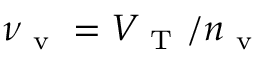
\nu _ { \mathrm { ~ v ~ } } = V _ { \mathrm { ~ T ~ } } / n _ { \mathrm { ~ v ~ } }